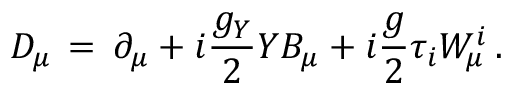
D _ { \mu } \, = \, \partial _ { \mu } + i { \frac { g _ { Y } } { 2 } } Y B _ { \mu } + i { \frac { g } { 2 } } \tau _ { i } W _ { \mu } ^ { i } \, .